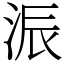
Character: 浱